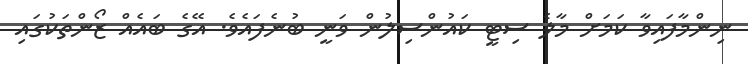
ނިންމާފައިވާ ކަމަށް މާލެ ސިޓީ ކައުންސިލުން ވަނީ ބުނެފައެވެ. އޭގެ ބައެއް ޒޯންތަކުގައި